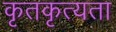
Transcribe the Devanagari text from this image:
कृतकृत्यता